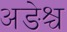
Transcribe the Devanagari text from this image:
अङेश्च